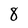
Character: 8